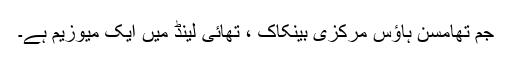
جم تھامسن ہاؤس مرکزی بینکاک ، تھائی لینڈ میں ایک میوزیم ہے۔